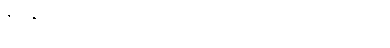
ဇညဇညံဝိယာတိ စေက္ခ စောက္ခံ ဝိယ မနာပမနာပံ ဝိယ ဟုဖွင့်ပြပုံ။